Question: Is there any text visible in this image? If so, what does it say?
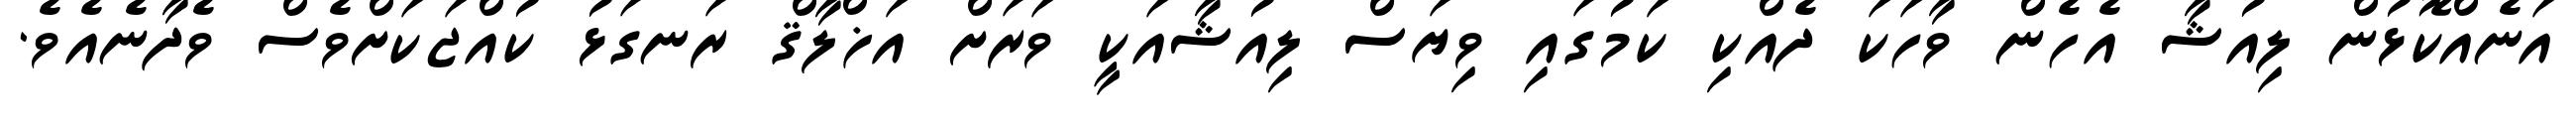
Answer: އަނެއްކޮޅުން ލިއުޝާ އެހެން ވާހަކަ ދެއްކި ކަމުގައި ވިޔަސް ލިއުޝާއަކީ ވަރަށް އަޚްލާޤް ރަނގަޅު ކުއްޖަކަށްވެސް ވެދާނެއެވެ.